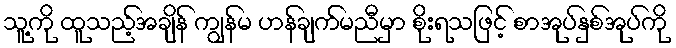
သူ့ကို ထူသည့်အချိန် ကျွန်မ ဟန်ချက်မညီမှာ စိုးရသဖြင့် စာအုပ်နှစ်အုပ်ကို